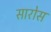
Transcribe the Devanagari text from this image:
सारोस